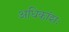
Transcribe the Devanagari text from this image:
अधिकांशः